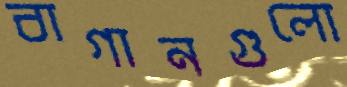
বাগানগুলো